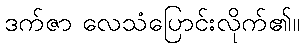
ဒက်ဇာ လေသံပြောင်းလိုက်၏။